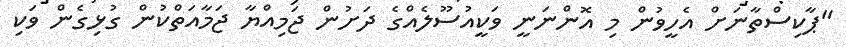
"ޕާކިސްތާނަށް އެހީވުން މި އޮންނަނީ ވަކީއުސޫލެއްގެ ދަށުން ޖަމިއްޔާ ޖަމާއަތްކުން ގުޅިގެން ވަކި